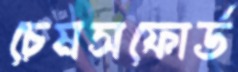
চেমসফোর্ড